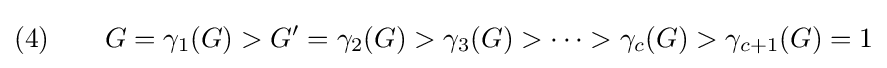
(4)\qquad G=\gamma _{1}(G)>G^{\prime }=\gamma _{2}(G)>\gamma _{3}(G)>\cdots >\gamma _{c}(G)>\gamma _{c+1}(G)=1